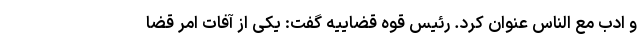
و ادب مع الناس عنوان کرد. رئیس قوه قضاییه گفت: یکی از آفات امر قضا